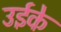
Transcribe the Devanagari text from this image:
उईके